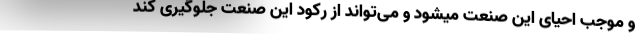
و موجب احیای این صنعت میشود و می‌تواند از رکود این صنعت جلوگیری کند